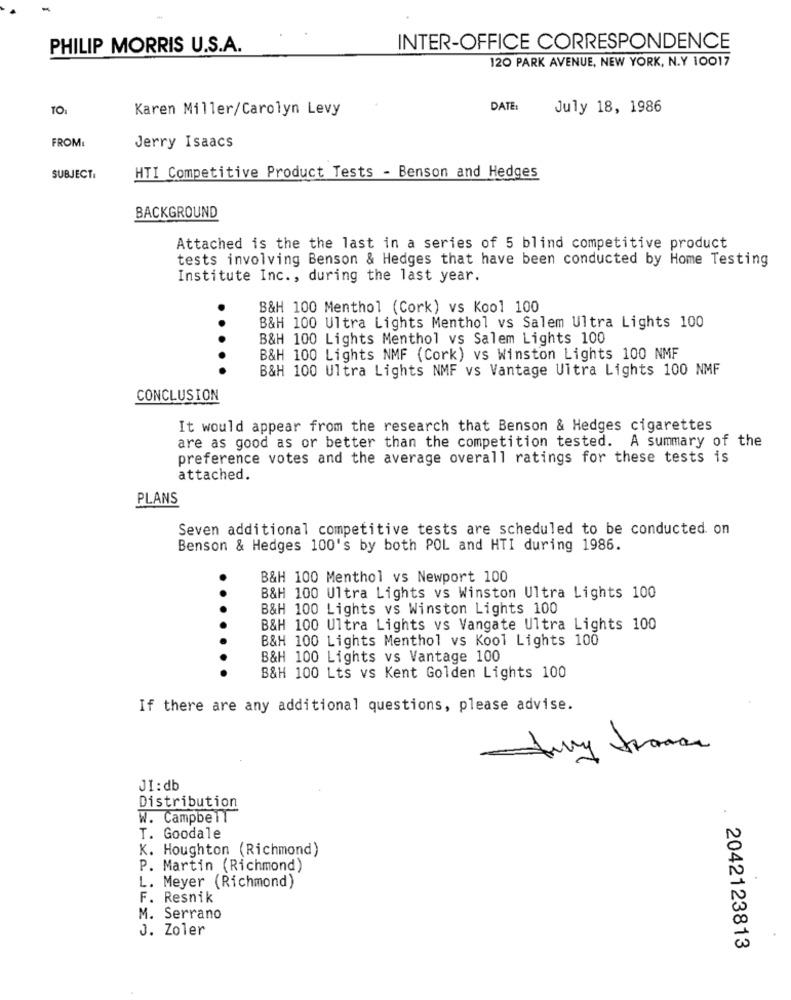
PHILIP MORRIS U.S.A.
INTER-OFFICE CORRESPONDENCE
120 PARK AVENUE, NEW YORK, N.Y 10017
Karen Miller/Carolyn Levy
DATE:
July 18, 1986
FROM:
Jerry Isaacs
SUBJECT:
HTI Competitive Product Tests - Benson and Hedges
BACKGROUND
Attached is the the last in a series of 5 blind competitive product
tests involving Benson & Hedges that have been conducted by Home Testing
Institute Inc ., during the last year.
.
B&H 100 Menthol (Cork) vs Kool 100
B&H 100 Ultra Lights Menthol vs Salem Ultra Lights 100
B&H 100 Lights Menthol vs Salem Lights 100
B&H 100 Lights NMF (Cork) vs Winston Lights 100 NMF
B&H 100 Ultra Lights NMF vs Vantage Ultra Lights 100 NMF
CONCLUSION
It would appear from the research that Benson & Hedges cigarettes
are as good as or better than the competition tested. A summary of the
preference votes and the average overall ratings for these tests is
attached.
PLANS
Seven additional competitive tests are scheduled to be conducted on
Benson & Hedges 100's by both POL and HTI during 1986.
B&H 100 Menthol vs Newport 100
B&H 100 Ultra Lights vs Winston Ultra Lights 100
B&H 100 Lights vs Winston Lights 100
B&H 100 Ultra Lights vs Vangate Ultra Lights 100
B&H 100 Lights Menthol vs Kool Lights 100
B&H 100 Lights vs Vantage 100
.......
B&H 100 Lts vs Kent Golden Lights 100
If there are any additional questions, please advise.
JI:db
Distribution
W. Campbell
T. Goodale
K. Houghton (Richmond)
P. Martin (Richmond)
L. Meyer (Richmond)
F. Resnik
M. Serrano
J. Zoler
2042123813